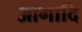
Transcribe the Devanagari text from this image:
आगादि